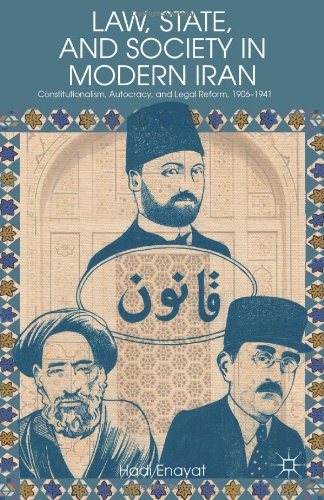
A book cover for Law, State, and Society in Modern Iran: Constitutionalism, Autocracy, and Legal Reform, 1906-1941; Hadi Enayat; Law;